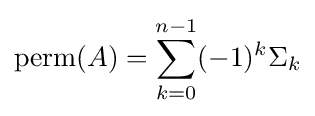
\operatorname {perm} (A)=\sum _{k=0}^{n-1}(-1)^{k}\Sigma _{k}